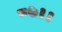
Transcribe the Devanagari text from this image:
८७।।